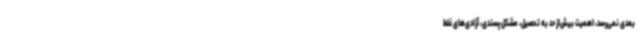
بعدی نمی‌رسد، اهمیت بیش‌از حد به تحصیل، مشکل‌پسندی، آزادی‌های غلط